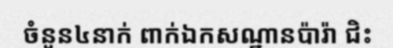
ចំនួន៤នាក់ ពាក់ឯកសណ្ឋានប៉ារ៉ា ជិះ